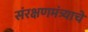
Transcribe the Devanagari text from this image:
संरक्षणमंत्र्याचे